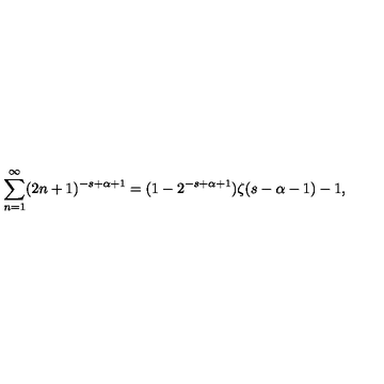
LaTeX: \sum _ { n = 1 } ^ { \infty } ( 2 n + 1 ) ^ { - s + \alpha + 1 } = ( 1 - 2 ^ { - s + \alpha + 1 } ) \zeta ( s - \alpha - 1 ) - 1 ,